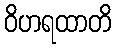
ဝိဟရထာတိ